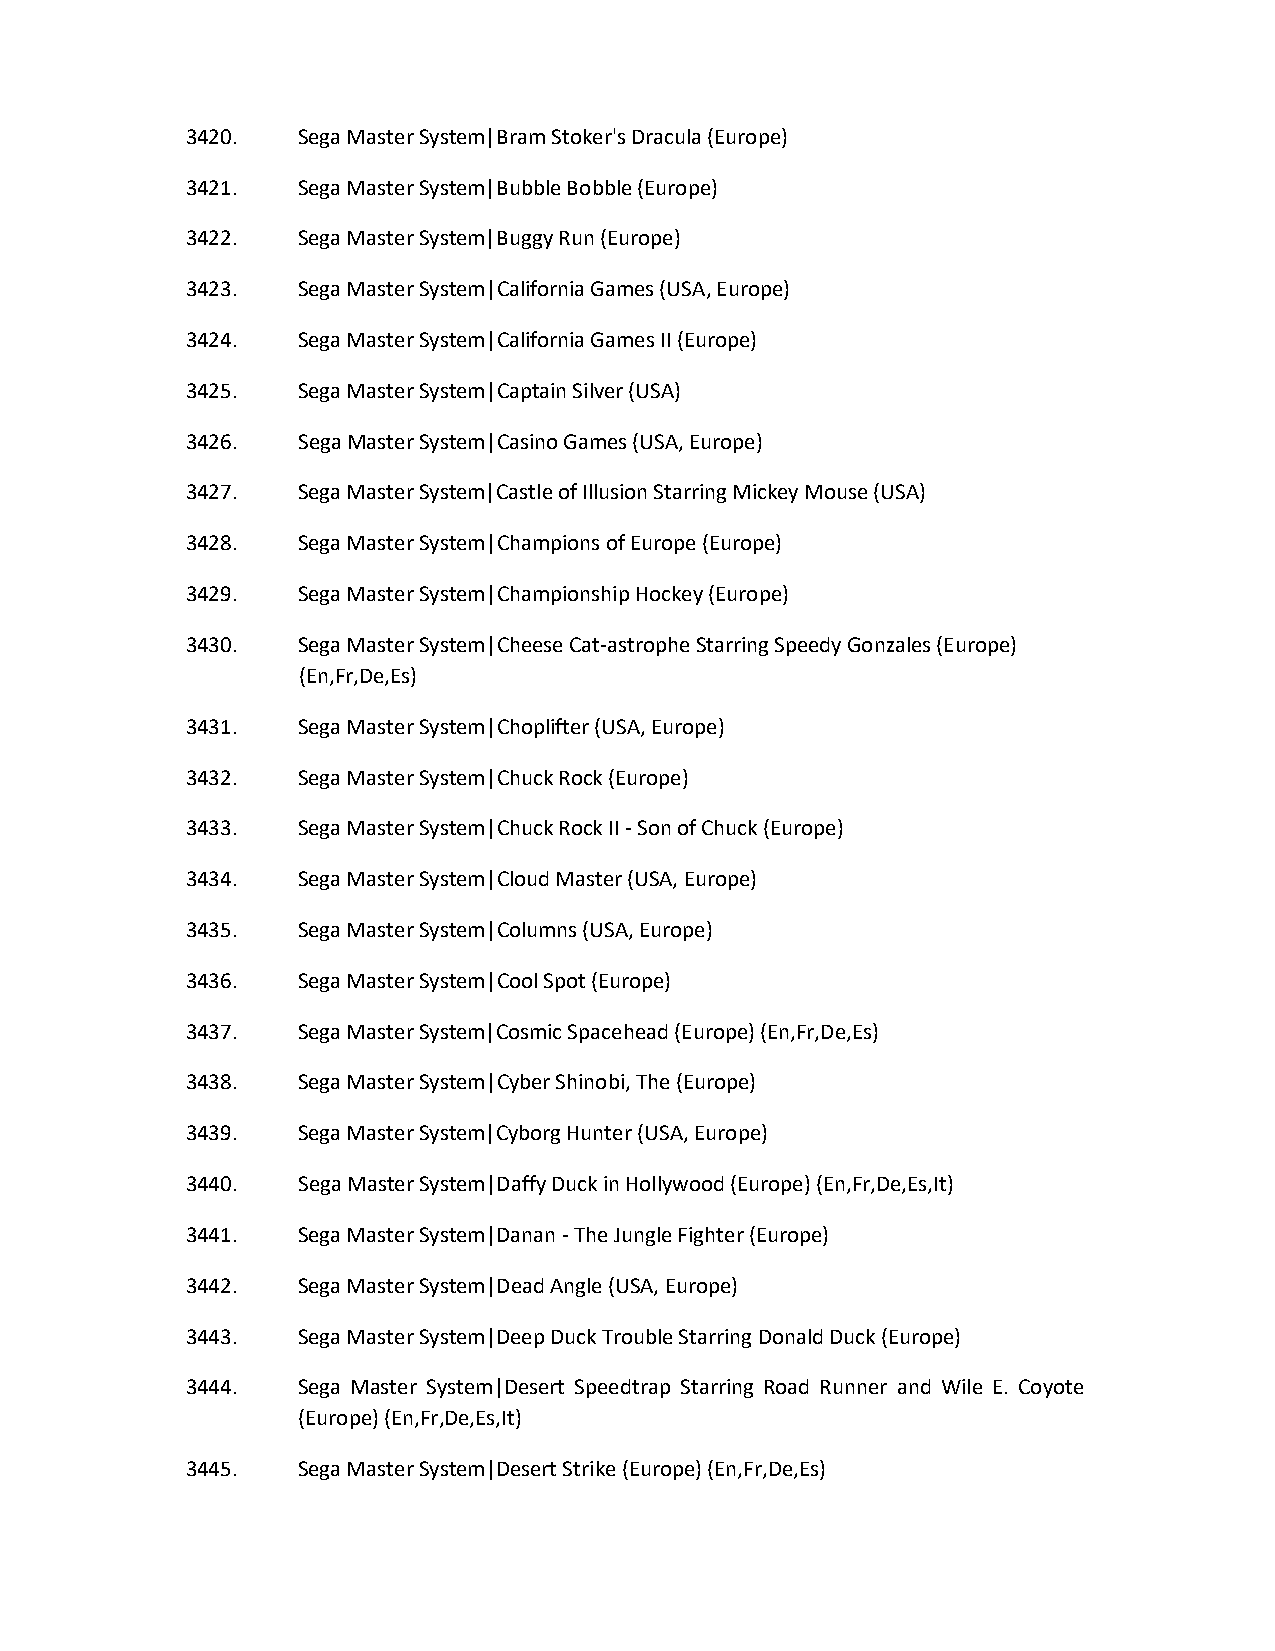
3420.   Sega Master System|Bram Stoker's Dracula (Europe)
 3421.   Sega Master System|Bubble Bobble (Europe)
 3422.   Sega Master System|Buggy Run (Europe)
 3423.   Sega Master System|California Games (USA, Europe)
 3424.   Sega Master System|California Games II (Europe)
 3425.   Sega Master System|Captain Silver (USA)
 3426.   Sega Master System|Casino Games (USA, Europe)
 3427.   Sega Master System|Castle of Illusion Starring Mickey Mouse (USA)
 3428.   Sega Master System|Champions of Europe (Europe)
 3429.   Sega Master System|Championship Hockey (Europe)
 3430.   Sega Master System|Cheese Cat-astrophe Starring Speedy Gonzales (Europe)
 (En,Fr,De,Es)
 3431.   Sega Master System|Choplifter (USA, Europe)
 3432.   Sega Master System|Chuck Rock (Europe)
 3433.   Sega Master System|Chuck Rock II - Son of Chuck (Europe)
 3434.   Sega Master System|Cloud Master (USA, Europe)
 3435.   Sega Master System|Columns (USA, Europe)
 3436.   Sega Master System|Cool Spot (Europe)
 3437.   Sega Master System|Cosmic Spacehead (Europe) (En,Fr,De,Es)
 3438.   Sega Master System|Cyber Shinobi, The (Europe)
 3439.   Sega Master System|Cyborg Hunter (USA, Europe)
 3440.   Sega Master System|Daffy Duck in Hollywood (Europe) (En,Fr,De,Es,It)
 3441.   Sega Master System|Danan - The Jungle Fighter (Europe)
 3442.   Sega Master System|Dead Angle (USA, Europe)
 3443.   Sega Master System|Deep Duck Trouble Starring Donald Duck (Europe)
 3444.   Sega Master System|Desert Speedtrap Starring Road Runner and Wile E. Coyote
 (Europe) (En,Fr,De,Es,It)
 3445.   Sega Master System|Desert Strike (Europe) (En,Fr,De,Es)